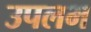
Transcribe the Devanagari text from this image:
उपलभ